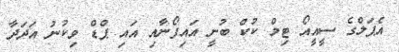
އެޕަލްގެ ސީއީއޯ ޓިމް ކުކް ބުނީ އައިފޯނާއި އައި ޕްޑް ވިކުނު އަދަދާ